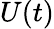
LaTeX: U(t)